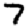
Digit: 7